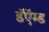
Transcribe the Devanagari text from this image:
डॅऍम्ड